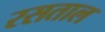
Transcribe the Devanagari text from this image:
रसताल